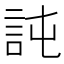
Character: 訰